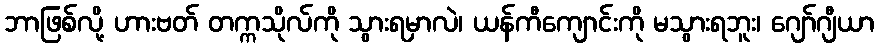
ဘာဖြစ်လို့ ဟားဗတ် တက္ကသိုလ်ကို သွားရမှာလဲ၊ ယန်ကီကျောင်းကို မသွားရဘူး၊ ဂျော်ဂျီယာ